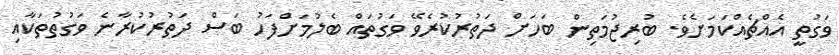
ވަގުތީ އެއްޗެއްކަމަށެވެ. ބުރިޖުމަތިން ބަހަށް ދަތުރުކުރެވޭ ވަގުތައް ބެލުމަށްފަހު ބަސް ދަތުރުކުރާނެ ވަގުތުތަކާއި